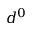
d ^ { 0 }